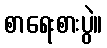
စာရေးစားပွဲ။